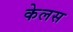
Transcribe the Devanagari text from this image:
केलस